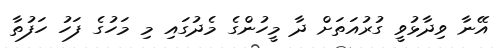
އޭނާ ވިދާޅުވީ ގުރުއަތަށް ދާ މީހުންގެ މެދުގައި މި މަހުގެ ފަހު ހަފުތާ